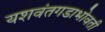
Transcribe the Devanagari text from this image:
यशवंतगडाभोवती